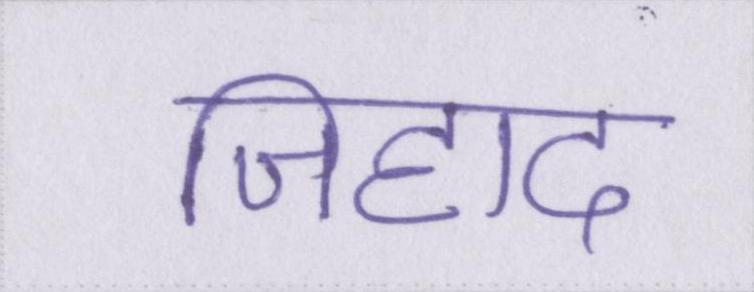
जिहाद